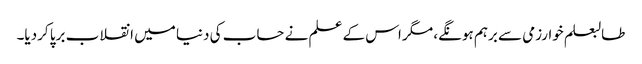
طالبعلم خوارزمی سے برہم ہونگے، مگر اس کے علم نے حساب کی دنیا میں انقلاب برپا کردیا۔